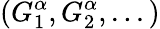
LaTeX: (G_{1}^{\alpha},G_{2}^{\alpha},...)